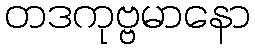
တဒကုဗ္ဗမာနော